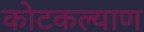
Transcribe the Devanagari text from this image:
कोटकल्याण